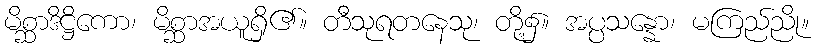
မိစ္ဆာဒိဋ္ဌိကော၊ မိစ္ဆာအယူရှိ၏။ တီသုရတနေသု၊ တို့၌။ အပ္ပသန္နော၊ မကြည်ညို။